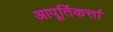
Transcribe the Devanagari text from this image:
आपूर्तिकर्त्ता